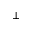
\perp